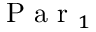
\mathrm { ~ P ~ a ~ r ~ } _ { 1 }